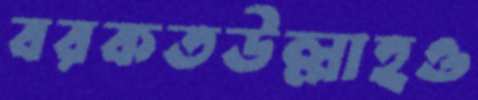
বরকতউল্লাহও